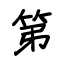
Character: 第